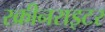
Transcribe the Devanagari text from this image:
स्क्रीनराइटर